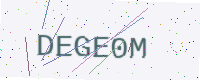
Text: DEGE0M